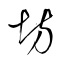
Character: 坊